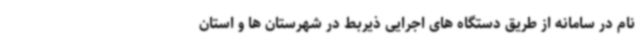
نام در سامانه از طریق دستگاه های اجرایی ذیربط در شهرستان ها و استان